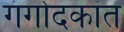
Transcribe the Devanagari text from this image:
गंगोदकांत